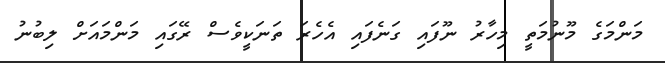
މަންމަގެ މޫނުމަތީ މިހާރު ނޫފައި ގަނެފައި އެހެރަ ތަނަކީވެސް ރޭގައި މަންމައަށް ލިބުނު